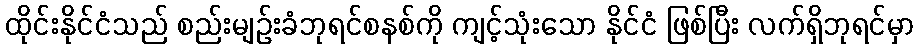
ထိုင်းနိုင်ငံသည် စည်းမျဉ်းခံဘုရင်စနစ်ကို ကျင့်သုံးသော နိုင်ငံ ဖြစ်ပြီး လက်ရှိဘုရင်မှာ